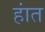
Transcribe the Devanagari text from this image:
हांत